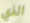
الذي